Vaccination in Bombay 1889-1901 - 1889-1901
Year: 1889
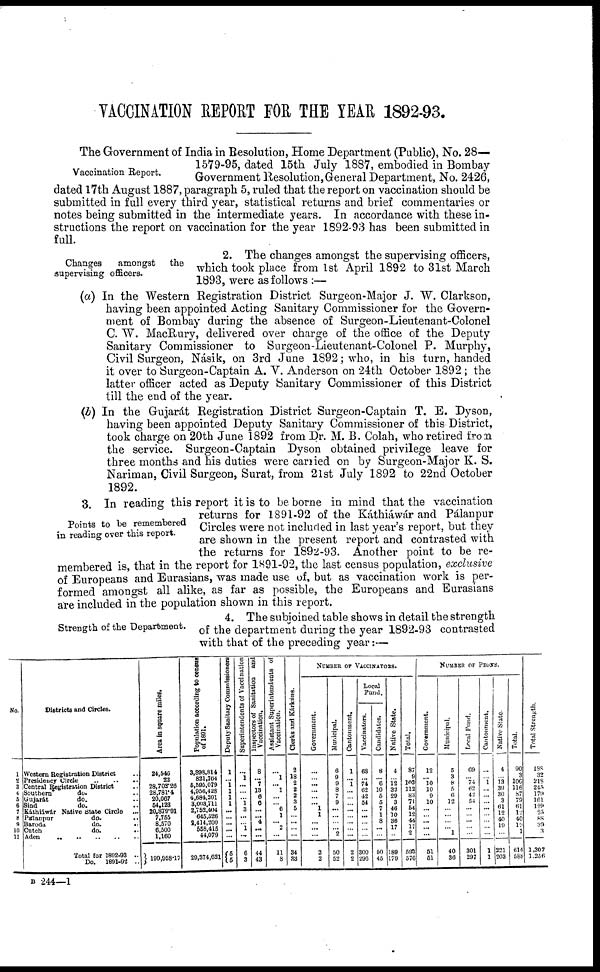
VACCINATION REPORT FOR THE YEAR 1892-93.
Vaccination Report.
The Government of India in Resolution, Home Department (Public), No. 28—
1579-95, dated 15th July 1887, embodied in Bombay
Government Resolution, General Department, No. 2426,
dated 17th August 1887, paragraph 5, ruled that the report on vaccination should be
submitted in full every third year, statistical returns and brief commentaries or
notes being submitted in the intermediate years. In accordance with these in-
structions the report on vaccination for the year 1892-93 has been submitted in
full.
Changes
amongst
the
supervising officers.
2. The changes amongst the supervising officers,
which took place from 1st April 1892 to 31st March
1893, were as follows :—
(a) In the Western Registration District Surgeon-Major J. W. Clarkson,
having been appointed Acting Sanitary Commissioner for the Govern-
ment of Bombay during the absence of Surgeon-Lieutenant-Colonel
C. W. MacRury, delivered over charge of the office of the Deputy
Sanitary Commissioner to Surgeon-Lieutenant-Colonel P. Murphy,
Civil Surgeon, Násik, on 3rd June 1892; who, in his turn, handed
it over to Surgeon-Captain A. V. Anderson on 24th October 1892 ; the
latter officer acted as Deputy Sanitary Commissioner of this District
till the end of the year.
(b) In the Gujarát Registration District Surgeon-Captain T. E. Dyson,
having been appointed Deputy Sanitary Commissioner of this District,
took charge on 20th June 1892 from Dr. M. B. Colah, who retired from
the service. Surgeon-Captain Dyson obtained privilege leave for
three months and his duties were carried on by Surgeon-Major K. S.
Nariman, Civil Surgeon, Surat, from 21st July 1892 to 22nd October
1892.
Points to be remembered
in reading over this report.
3. In reading this report it is to be borne in mind that the vaccination
returns for 1891-92 of the Káthiáwár and Pálanpur
Circles were not included in last year's report, but they
are shown in the present report and contrasted with
the returns for 1892-93. Another point to be re-
membered is, that in the report for 1891-92, the last census population, exclusive
of Europeans and Eurasians, was made use of, but as vaccination work is per-
formed amongst all alike, as far as possible, the Europeans and Eurasians
are included in the population shown in this report.
Strength of the Department.
4. The subjoined table shows in detail the strength
of the department during the year 1892-93 contrasted
with that of the preceding year:—
No.
1
2 3
4
5
6
7
8
9
10
11
Districts and Circles.
Western Registration District ..
Presidency Circle
.. .. ..
Central Registration District ..
Southern
do. ...
Gujarát
do. ..
Sind
do. ..
Káthiáwár Native State Circle
...
Pálanpur
do. ..
Baroda
do.
..
Catch
do. ..
Aden
..
..
..
..
..
Total for 1892-93 ..
Do.
1891-92 ..
Area in square miles.
24,546
22
28,708.26
28,781.4
20,067
54,123
20,879.91
7,755
8,570
6,600
1,160
199,958.17
Population according to central
of 1891.
3,898,814
821,764
5,595,079
4,956,428
4,684,201
3,003,711
2,752,404
645,526
2,414,200
558,415
44,079
29,374,621
Deputy Sanitary Commissioners
1
... 1
1
1
1
...
...
...
...
...
5
5
Superintendents of Vaccination
...
1
...
...
...
1 3
...
1
...
6
3
Inspectors of Sanitation and
Vaccination.
8
... 7
13
6
6
...
... 4
...
...
44
43
Assistant Superintendents of
Vaccination.
...
1
... 1
...
... 6
1
...
...
...
11
8
Clerks and Kárkúns.
2
18
2
2
2
3
5
...
...
...
...
34
33
NUMBER OF VACCINATORS.
Government.
...
... ...
...
... ... 1
1
...
...
2
2
Municipal.
6
9
9
8
7
9
...
...
...
... 2
50
52
Cantonment.
1
... 1
...
...
...
...
...
...
...
...
2
2
Local
Fund.
Vaccinators.
68
...
74
62
42
54
...
...
...
...
...
300
296
Candidates.
8
... 6
10
5
5
7
1
8
...
...
50
45
Native State.
4
...
12
32
29
3
46
10
36
17
...
189
179
Total.
87
9
102
112
83
71
54
12
44
17
2
593
576
NUMBER OF PEONS.
Government.
12
... 10
10
9
10
...
...
...
...
...
51
51
Municipal.
5
3
8 5
6
12
...
...
...
... 1
40
36
Local Fund.
69
... 74
62
42
54
...
...
...
...
...
301
297
Cantonment.
...
... 1
...
...
...
...
...
...
...
...
1
1
Native State
4
... 13
39
30
3
61
12
40
19
...
221
203
Total.
90
3
106
116
87
79
61
12
40
19
1
614
588
Total Strength.
188
32
218
245
179
161
129 25
88
39
3
1,307
1,256
B 244—1